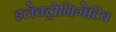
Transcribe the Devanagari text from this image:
इलेक्ट्रोनिगेटिव